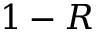
1 - R